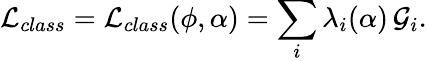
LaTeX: {\cal L}_{class}={\cal L}_{class}(\phi,\alpha)=\sum_{i}\lambda_{i}(\alpha)\, {\cal G}_{i}.